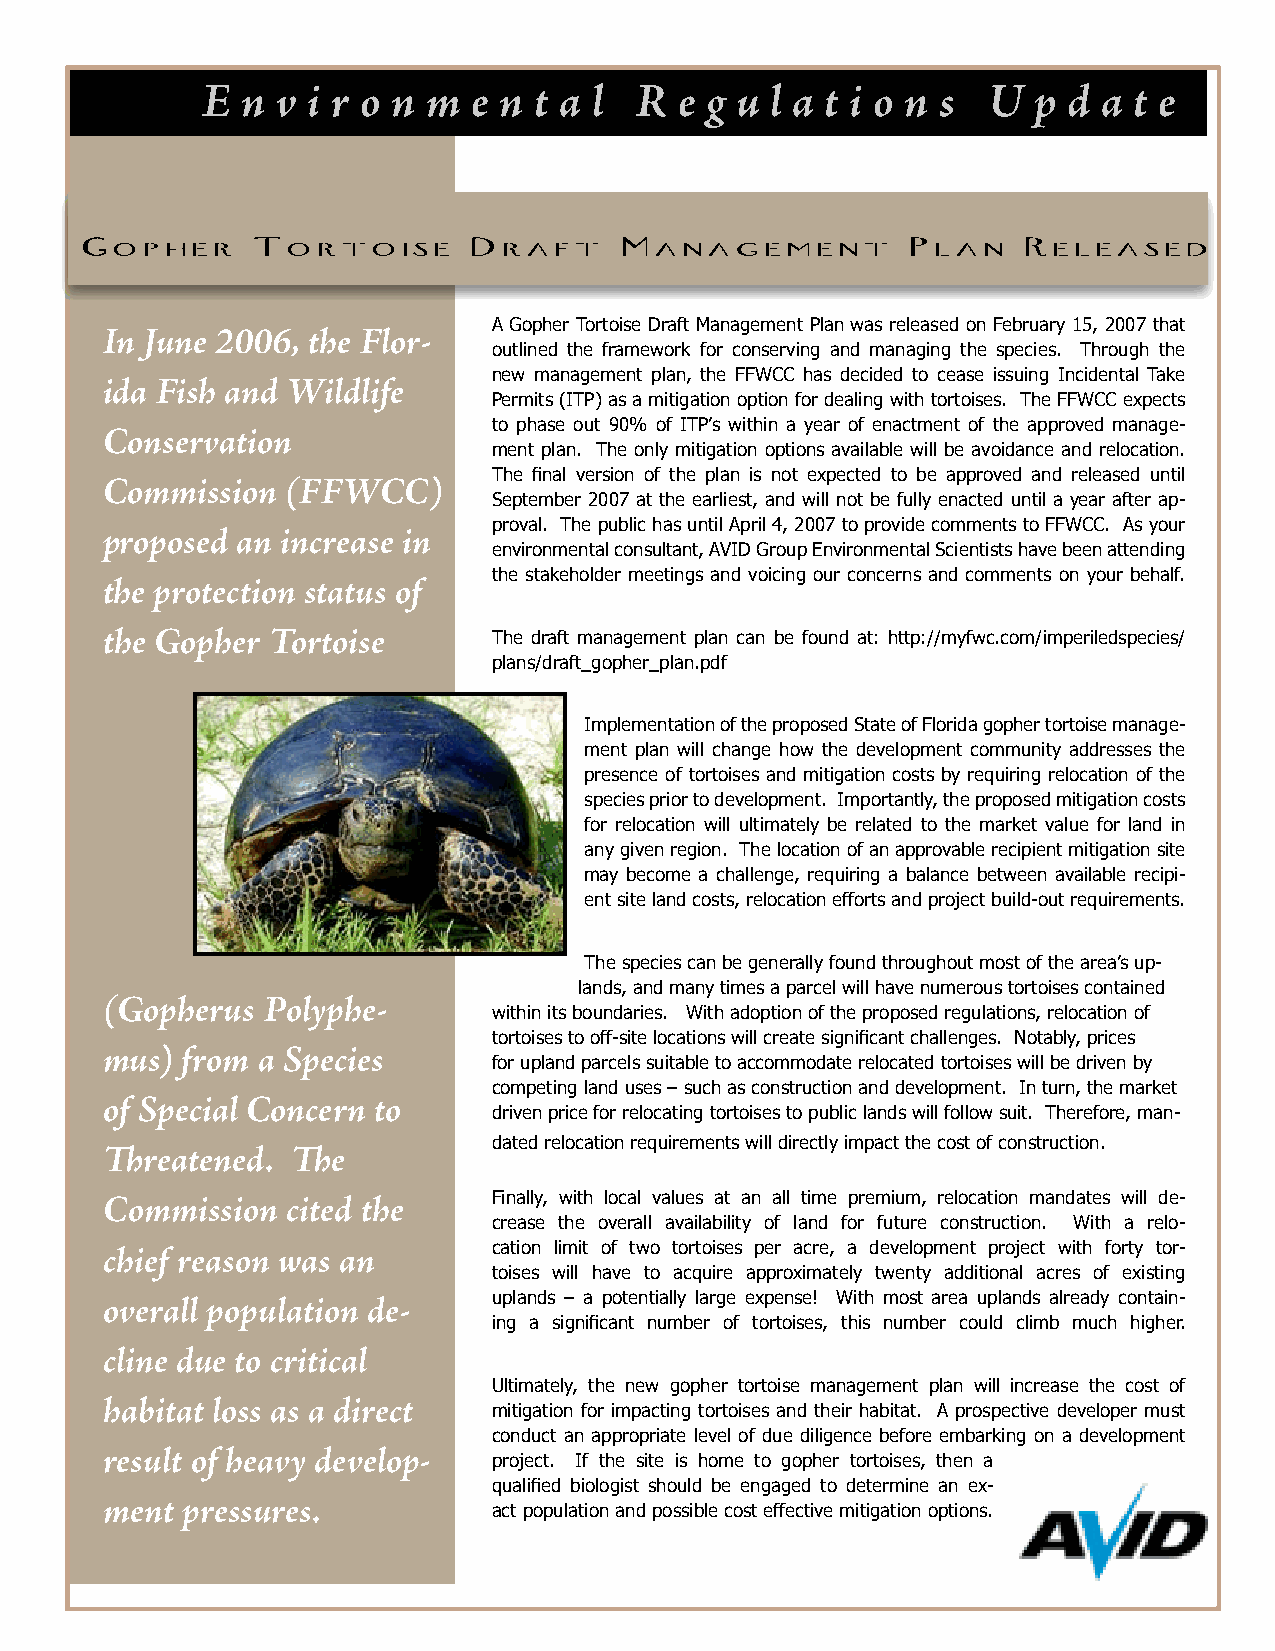
E  n v i r o n m  e n t a l  R  e g u l a t i o n s U  p  d a t e
 Gopher      Tortoise      Draft     Management         Plan    Released
 A Gopher Tortoise Draft Management Plan was released on February 15, 2007 that
 In June 2006, the Flor-
 outlined the framework for conserving and managing the species. Through the
 new management plan, the FFWCC has decided to cease issuing Incidental Take
 ida Fish and Wildlife
 Permits (ITP) as a mitigation option for dealing with tortoises. The FFWCC expects
 to phase out 90% of ITP’s within a year of enactment of the approved manage-
 Conservation
 ment plan. The only mitigation options available will be avoidance and relocation.
 The final version of the plan is not expected to be approved and released until
 Commission  (FFWCC)
 September 2007 at the earliest, and will not be fully enacted until a year after ap-
 proval. The public has until April 4, 2007 to provide comments to FFWCC. As your
 proposed an increase in
 environmental consultant, AVID Group Environmental Scientists have been attending
 the stakeholder meetings and voicing our concerns and comments on your behalf.
 the protection status of
 the Gopher Tortoise       The draft management plan can be found at: http://myfwc.com/imperiledspecies/
 plans/draft_gopher_plan.pdf
 Implementation of the proposed State of Florida gopher tortoise manage-
 ment plan will change how the development community addresses the
 presence of tortoises and mitigation costs by requiring relocation of the
 species prior to development. Importantly, the proposed mitigation costs
 for relocation will ultimately be related to the market value for land in
 any given region. The location of an approvable recipient mitigation site
 may become a challenge, requiring a balance between available recipi-
 ent site land costs, relocation efforts and project build-out requirements.
 The species can be generally found throughout most of the area’s up-
 lands, and many times a parcel will have numerous tortoises contained
 (Gopherus Polyphe-        within its boundaries. With adoption of the proposed regulations, relocation of
 tortoises to off-site locations will create significant challenges. Notably, prices
 mus) from a Species       for upland parcels suitable to accommodate relocated tortoises will be driven by
 competing land uses – such as construction and development. In turn, the market
 of Special Concern to     driven price for relocating tortoises to public lands will follow suit. Therefore, man-
 dated relocation requirements will directly impact the cost of construction.
 Threatened. The
 Finally, with local values at an all time premium, relocation mandates will de-
 Commission  cited the
 crease the overall availability of land for future construction. With a relo-
 cation limit of two tortoises per acre, a development project with forty tor-
 chief reason was an
 toises will have to acquire approximately twenty additional acres of existing
 uplands – a potentially large expense! With most area uplands already contain-
 overall population de-
 ing a significant number of tortoises, this number could climb much higher.
 cline due to critical
 Ultimately, the new gopher tortoise management plan will increase the cost of
 habitat loss as a direct  mitigation for impacting tortoises and their habitat. A prospective developer must
 conduct an appropriate level of due diligence before embarking on a development
 result of heavy develop-  project. If the site is home to gopher tortoises, then a
 qualified biologist should be engaged to determine an ex-
 ment pressures.           act population and possible cost effective mitigation options.